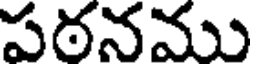
పఠనము